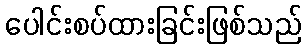
ပေါင်းစပ်ထားခြင်းဖြစ်သည်